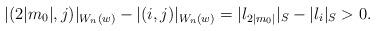
LaTeX: \begin{align*} \lvert (2\lvert m_0\rvert,j)\rvert_{W_n(w)}-\lvert (i,j)\rvert_{W_n(w)}=\lvert l_{2\lvert m_0\rvert} \rvert_S-\lvert l_i \rvert_S>0.\end{align*}